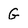
Character: G